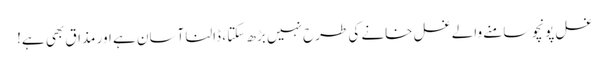
غسل پونچو سامنے والے غسل خانے کی طرح نہیں بڑھ سکتا ، ڈالنا آسان ہے اور مذاق بھی ہے!